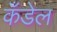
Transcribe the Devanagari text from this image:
कँडेल